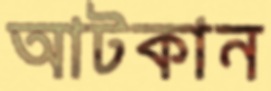
আটকান